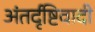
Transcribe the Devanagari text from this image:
अंतर्दृष्टिवादी